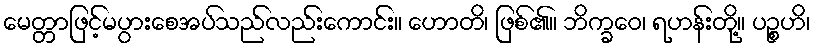
မေတ္တာဖြင့်မပွားစေအပ်သည်လည်းကောင်း။ ဟောတိ၊ ဖြစ်၏။ ဘိက္ခဝေ၊ ရဟန်းတို့။ ပဉ္စဟိ၊